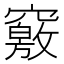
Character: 竅